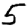
Digit: 5